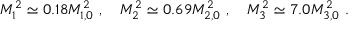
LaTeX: M _ { 1 } ^ { 2 } \simeq 0 . 1 8 M _ { 1 , 0 } ^ { 2 } ~ , \quad M _ { 2 } ^ { 2 } \simeq 0 . 6 9 M _ { 2 , 0 } ^ { 2 } ~ , \quad M _ { 3 } ^ { 2 } \simeq 7 . 0 M _ { 3 , 0 } ^ { 2 } ~ .